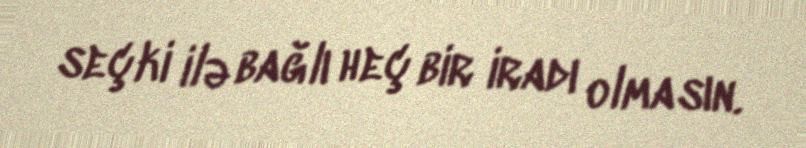
seçki ilə bağlı heç bir iradı olmasın.